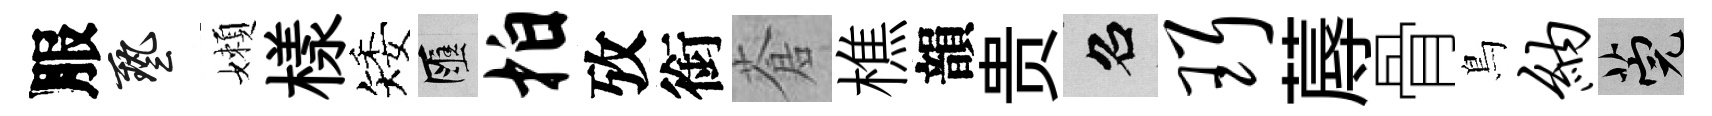
服藝嬾樣矮匯拍攷銜蒼樵韻贵召珥蓐骨鳥纳筦